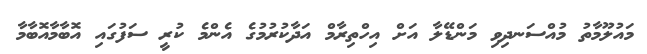
މައުލޫމާތު މުއްސަނދިވި މަންޑޭލާ އަށް އިހްތިރާމް އަދާކުރުމުގެ އެންމެ ކުރީ ސަފުގައި އޮބާމާއޮބާމާ